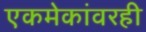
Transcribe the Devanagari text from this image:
एकमेकांवरही